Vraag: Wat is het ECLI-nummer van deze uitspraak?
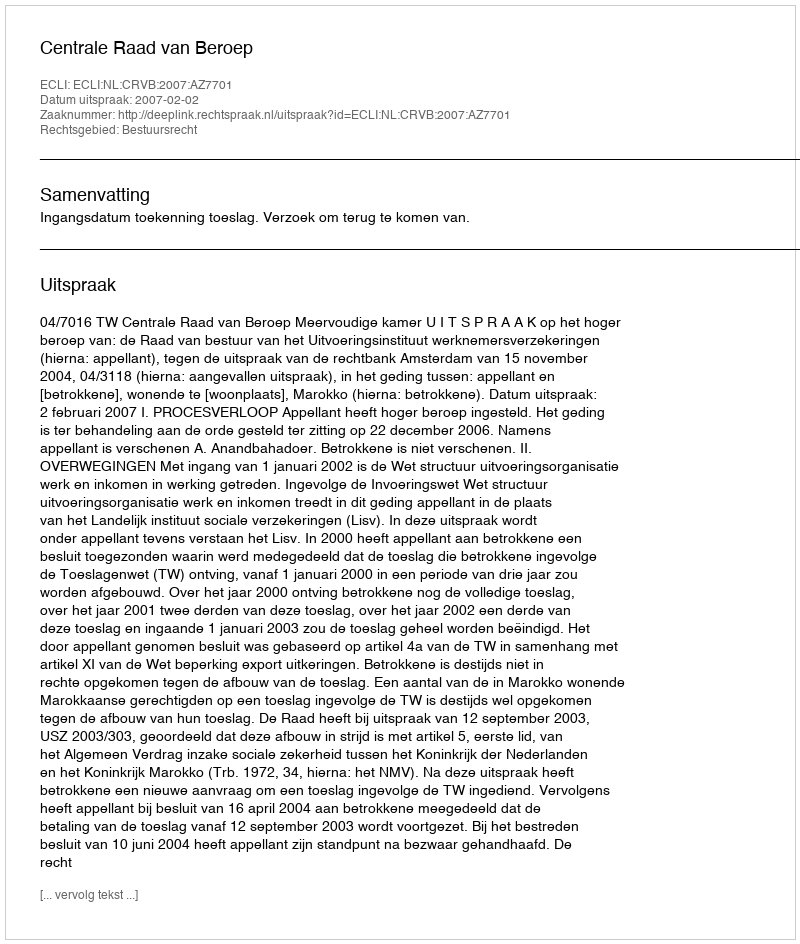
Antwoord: ECLI:NL:CRVB:2007:AZ7701